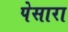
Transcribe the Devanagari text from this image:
पेसारा